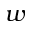
w